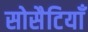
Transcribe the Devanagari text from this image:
सोसैटियाँ